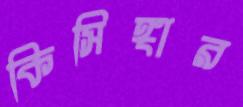
কিসিঙ্গার